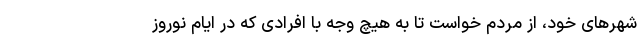
شهرهای خود، از مردم خواست تا به هیچ وجه با افرادی که در ایام نوروز